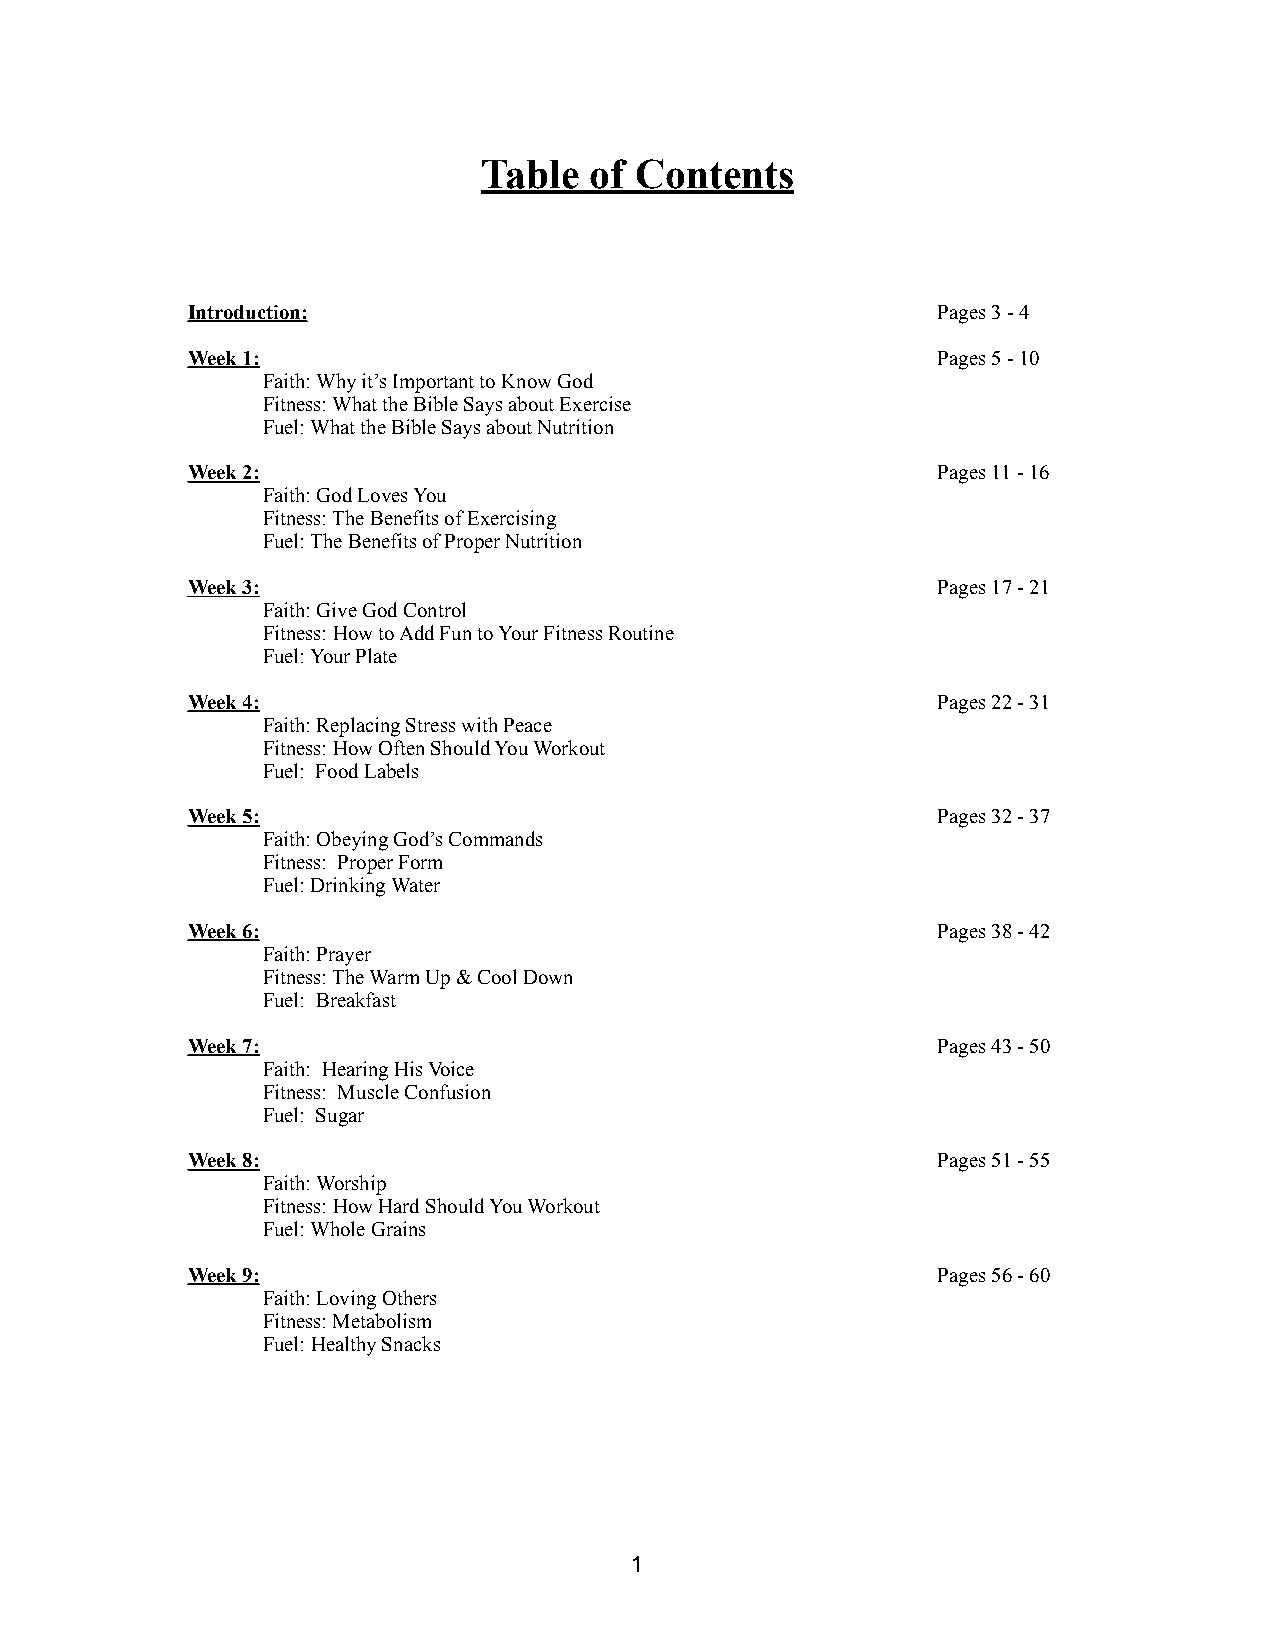
Table  of Contents
 Introduction:                                     Pages 3 - 4
 Week 1:                                           Pages 5 - 10
 Faith: Why it’s Important to Know God
 Fitness: What the Bible Says about Exercise
 Fuel: What the Bible Says about Nutrition
 Week 2:                                           Pages 11 - 16
 Faith: God Loves You
 Fitness: The Benefits of Exercising
 Fuel: The Benefits of Proper Nutrition
 Week 3:                                           Pages 17 - 21
 Faith: Give God Control
 Fitness: How to Add Fun to Your Fitness Routine
 Fuel: Your Plate
 Week 4:                                           Pages 22 - 31
 Faith: Replacing Stress with Peace
 Fitness: How Often Should You Workout
 Fuel: Food Labels
 Week 5:                                           Pages 32 - 37
 Faith: Obeying God’s Commands
 Fitness: Proper Form
 Fuel: Drinking Water
 Week 6:                                           Pages 38 - 42
 Faith: Prayer
 Fitness: The Warm Up & Cool Down
 Fuel: Breakfast
 Week 7:                                           Pages 43 - 50
 Faith: Hearing His Voice
 Fitness: Muscle Confusion
 Fuel: Sugar
 Week 8:                                           Pages 51 - 55
 Faith: Worship
 Fitness: How Hard Should You Workout
 Fuel: Whole Grains
 Week 9:                                           Pages 56 - 60
 Faith: Loving Others
 Fitness: Metabolism
 Fuel: Healthy Snacks
 1